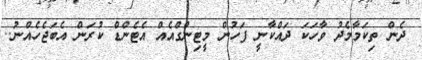
ދެން ތިކަމާމެދު ވާހަކަ ދައްކާނީ ފަހުން މީޓިންގްއެއް އެޓެންޑް ކުރަން އެބަޖެހެއްނު..